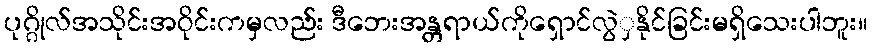
ပုဂ္ဂိုလ်အသိုင်းအဝိုင်းကမှလည်း ဒီဘေးအန္တရာယ်ကိုရှောင်လွဲှနိုင်ခြင်းမရှိသေးပါဘူး။